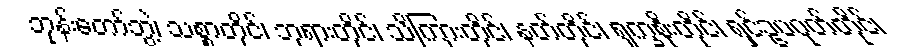
ဘုန်းတော်ဘွဲ့၊ သစ္စာတိုင်၊ ဘုရားတိုင်၊ သိကြားတိုင်၊ နတ်တိုင်၊ ရုက္ခစိုးတိုင်၊ ရှင်ဥပဂုတ်တိုင်၊